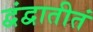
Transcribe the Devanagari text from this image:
द्वंद्वातीतं